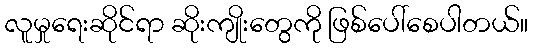
လူမှုရေးဆိုင်ရာ ဆိုးကျိုးတွေကို ဖြစ်ပေါ်စေပါတယ်။